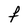
Character: F